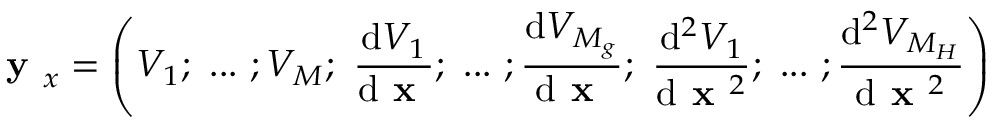
\textbf { y } _ { x } = \left( V _ { 1 } ; ~ . . . ~ ; V _ { M } ; ~ \frac { \mathrm { d } V _ { 1 } } { \mathrm { d } \textbf { x } } ; ~ . . . ~ ; \frac { \mathrm { d } V _ { M _ { g } } } { \mathrm { d } \textbf { x } } ; ~ \frac { \mathrm { d } ^ { 2 } V _ { 1 } } { \mathrm { d } \textbf { x } ^ { 2 } } ; ~ . . . ~ ; \frac { \mathrm { d } ^ { 2 } V _ { M _ { H } } } { \mathrm { d } \textbf { x } ^ { 2 } } \right)